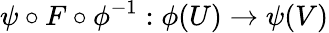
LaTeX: \psi\circ F\circ\phi^{-1}:\phi(U)\to\psi(V)